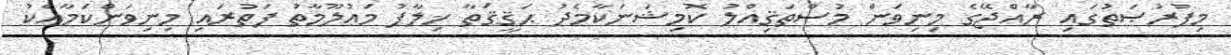
މިފުރުޞަތުގައި ރާއްޖޭގެ މިނިވަން މުސްތަޤިއްލު ކޮމިޝަނަކާމެދު ޙަޤީޤަތާ ޚިލާފު މަޢުލޫމާތު ފަތުރައި މިނިވަންކަމާއެކު